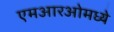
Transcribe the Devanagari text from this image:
एमआरओमध्ये